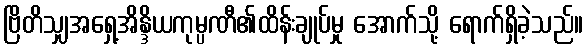
ဗြိတိသျှအရှေ့အိန္ဒိယကုမ္ပဏီ၏ထိန်းချုပ်မှု အောက်သို့ ရောက်ရှိခဲ့သည်။